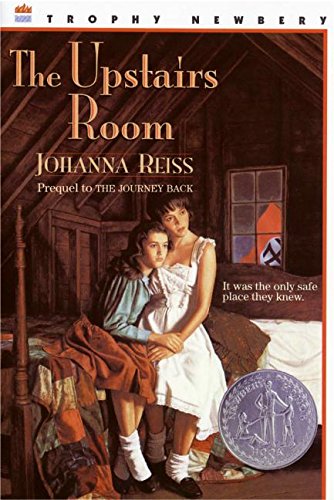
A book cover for The Upstairs Room (Trophy Newbery); Johanna Reiss; Biographies & Memoirs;